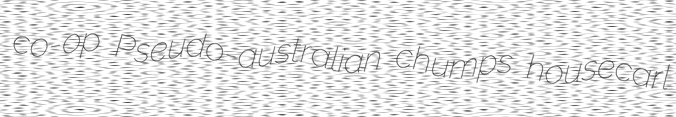
co-op Pseudo-australian chumps housecarl